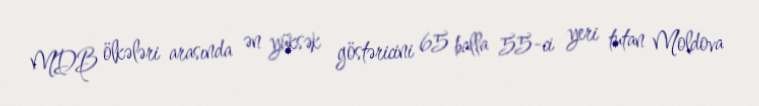
MDB ölkələri arasında ən yüksək göstəricini 65 balla 55-ci yeri tutan Moldova